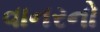
વાનરનો